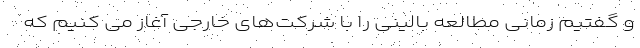
و گفتیم زمانی مطالعه بالینی را با شرکت‌‌های خارجی آغاز می کنیم که